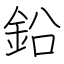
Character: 鉛